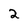
Character: 2